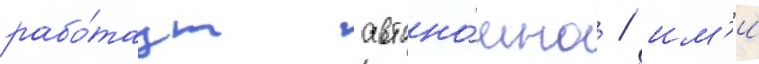
рабо́таут автоно́мно / им'и